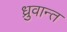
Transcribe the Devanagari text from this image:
ध्रुवान्त